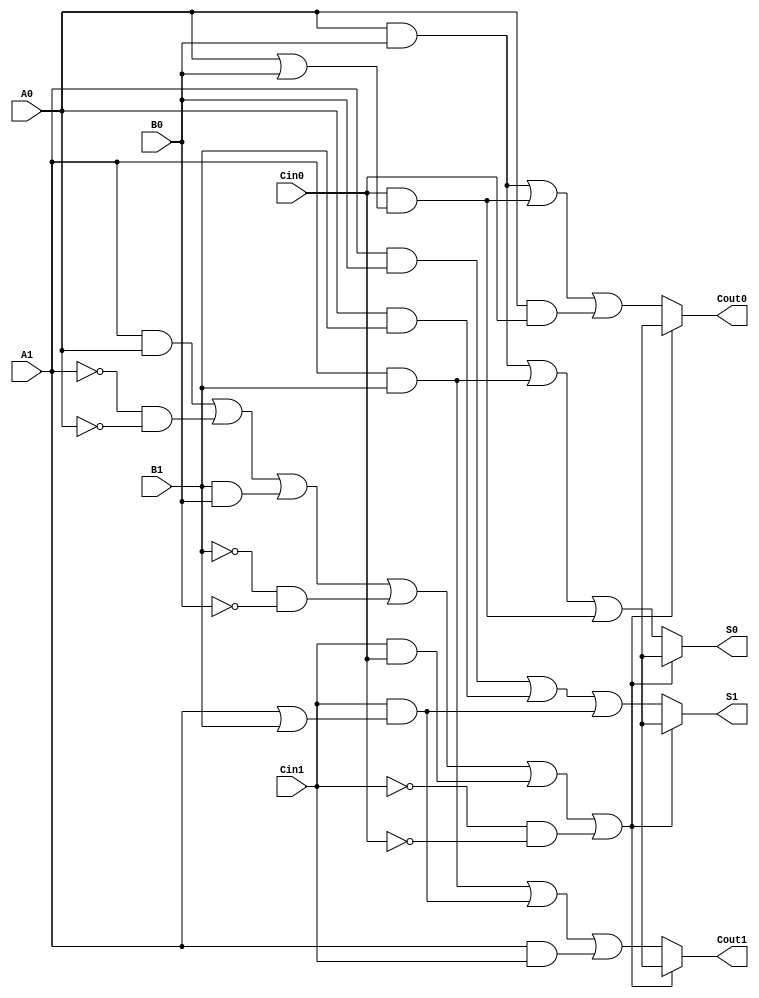
module dual_rail_full_adder (
    input wire A1, A0,    // Dual-rail input A
    input wire B1, B0,    // Dual-rail input B
    input wire Cin1, Cin0, // Dual-rail carry input
    output reg S1, S0,    // Dual-rail sum output
    output reg Cout1, Cout0 // Dual-rail carry output
);
    
    // Always block for combinational logic
    always @(*) begin
        // Initialize outputs to default invalid state
        S1 = 1'b0; S0 = 1'b0;
        Cout1 = 1'b0; Cout0 = 1'b0;

        // Check for valid inputs
        if ((A1 && A0) || (!A1 && !A0) || (B1 && B0) || (!B1 && !B0) || (Cin1 && Cin0) || (!Cin1 && !Cin0)) begin
            // Invalid state detected
            S1 = 1'bx; S0 = 1'bx; // Set to unknown
            Cout1 = 1'bx; Cout0 = 1'bx; // Set to unknown
        end else begin
            // Valid input combinations
            // Compute the sum S = A + B + Cin
            S1 = (A1 & B0) | (A0 & B1) | (Cin1 & (A1 | B1)); // S1 = A ^ B ^ Cin (partial)
            S0 = (A0 & B0) | (A1 & B1) | (Cin0 & (A0 | B0)); // S0 = A ^ B ^ Cin (partial)

            // Compute the carry out Cout
            Cout1 = (A1 & B1) | (Cin1 & (A1 | B1)) | (A1 & Cin1); // Cout1 = majority
            Cout0 = (A0 & B0) | (Cin0 & (A0 | B0)) | (A0 & Cin0); // Cout0 = majority
        end
    end
    
endmodule